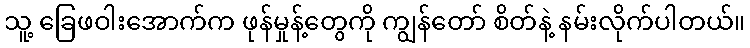
သူ့ ခြေဖဝါးအောက်က ဖုန်မှုန့်တွေကို ကျွန်တော် စိတ်နဲ့ နမ်းလိုက်ပါတယ်။